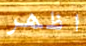
اظهر